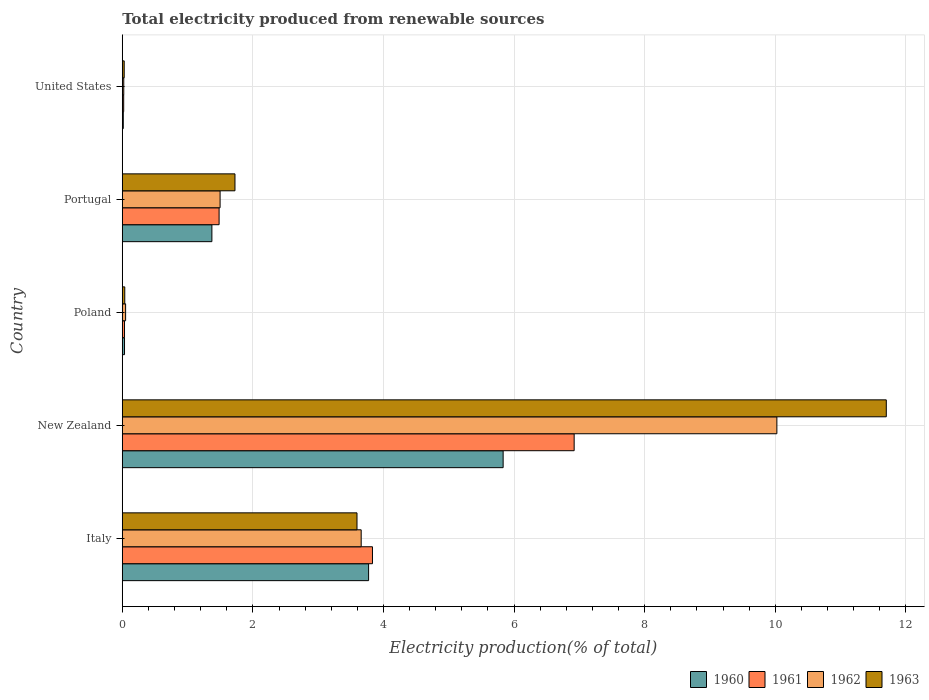
| Country | 1960 | 1961 | 1962 | 1963 |
 | --- | --- | --- | --- | --- |
 | Italy | 3.77 | 3.83 | 3.66 | 3.59 |
 | New Zealand | 5.83 | 6.92 | 10 | 11.7 |
 | Poland | 0.0342 | 0.0341 | 0.0509 | 0.0379 |
 | Portugal | 1.37 | 1.48 | 1.5 | 1.73 |
 | United States | 0.0153 | 0.0215 | 0.0228 | 0.0294 |